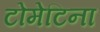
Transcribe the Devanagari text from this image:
टोमेटिना